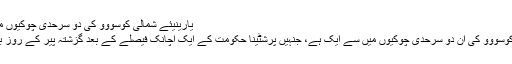
یارینیئے شمالی کوسووو کی دو سرحدی چوکیوں میں سے ایک ہے
یارینیئے شمالی کوسووو کی ان دو سرحدی چوکیوں میں سے ایک ہے، جنہیں پرشٹینا حکومت کے ایک اچانک فیصلے کے بعد گزشتہ پیر کے روز بند کر دیا گیا تھا۔